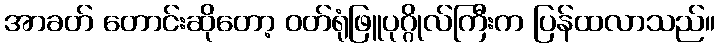
အာခတ် တောင်းဆိုတော့ ဝတ်ရုံဖြူပုဂ္ဂိုလ်ကြီးက ပြန်ထလာသည်။